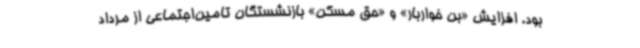
بود. افزایش «بن خواربار» و «حق مسکن» بازنشستگان تامین‌اجتماعی از مرداد